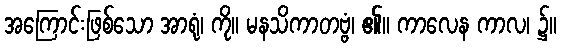
အကြောင်းဖြစ်သော အာရုံ၊ ကို။ မနသိကာတဗ္ဗံ၊ ၏။ ကာလေန ကာလ၊ ၌။